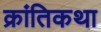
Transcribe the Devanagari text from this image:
क्रांतिकथा